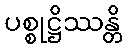
ပစ္စုဋ္ဌိဿန္တိ